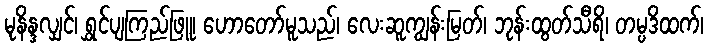
မုနိန္ဒလျှင်၊ ရွှင်ပျကြည်ဖြူ၊ ဟောတော်မူသည်၊ လေးဆူကျွန်းမြတ်၊ ဘုန်းထွတ်သီရိ၊ တမ္ပဒိထက်၊